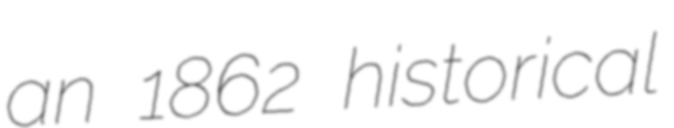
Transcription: an 1862 historical